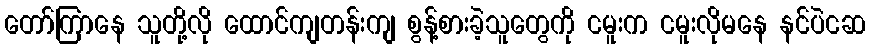
တော်ကြာနေ သူတို့လို ထောင်ကျတန်းကျ စွန့်စားခဲ့သူတွေကို ငမူးက ငမူးလိုမနေ နင်ပဲငဆ